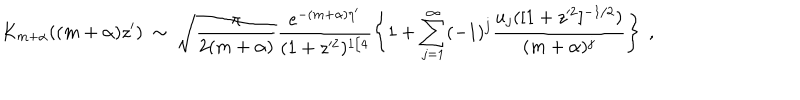
K _ { m + \alpha } ( ( m + \alpha ) z ^ { \prime } ) \ \sim \ \sqrt { \frac { \pi } { 2 ( m + \alpha ) } } \frac { e ^ { - ( m + \alpha ) \eta ^ { \prime } } } { ( 1 + z ^ { 2 } ) ^ { 1 / 4 } } \left\{ 1 + \sum _ { j = 1 } ^ { \infty } ( - 1 ) ^ { j } \frac { u _ { j } ( [ 1 + z ^ { 2 } ] ^ { - 1 / 2 } ) } { ( m + \alpha ) ^ { j } } \right\} \ ,